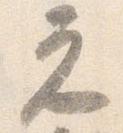
元